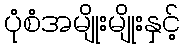
ပုံစံအမျိုးမျိုးနှင့်